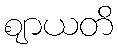
ဈာယတိ